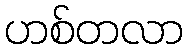
ဟစ်တလာ